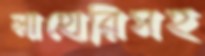
লাহোরিসহ